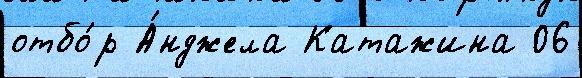
отбо́р А́нджела Катажина 06